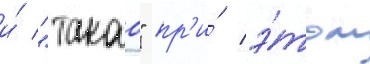
и́ "такао" пр'и́ э́том